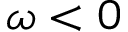
\omega < 0